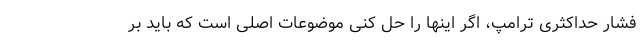
فشار حداکثری ترامپ، اگر اینها را حل کنی موضوعات اصلی است که باید بر